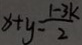
x + y = \frac { 1 - 3 k } { 2 }